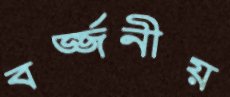
বর্জ্জনীয়